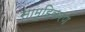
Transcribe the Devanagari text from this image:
सामूहिकरण